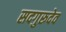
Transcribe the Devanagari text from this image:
सदगुरूदेव